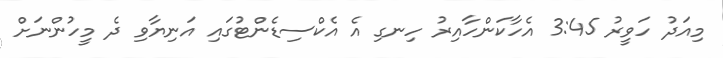
މިއަދު ހަވީރު 3:45 އެހާކަންހާއިރު ހިނގި އެ އެކްސިޑެންޓުގައި އަނިޔާވި ދެ މީހުންނަށް